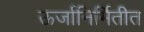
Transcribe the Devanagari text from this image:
ऊर्जानिर्मितीत